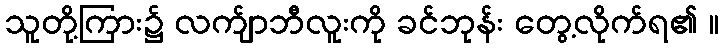
သူတို့ကြား၌ လက်ျာဘီလူးကို ခင်ဘုန်း တွေ့လိုက်ရ၏ ။